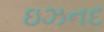
ઇઝનદ